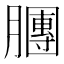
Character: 𣎫